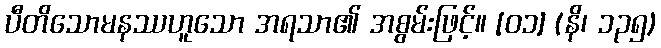
ပီတိသောမနဿဟူသော အရသာ၏ အစွမ်းဖြင့်။ [၀၁] (နိ၊ ၁၃၅)